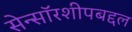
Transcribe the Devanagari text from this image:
सेन्सॉरशीपबद्दल